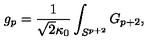
g _ { p } = \frac { 1 } { \sqrt { 2 } \kappa _ { 0 } } \int _ { S ^ { p + 2 } } G _ { p + 2 } ,